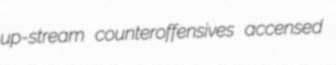
up-stream counteroffensives accensed